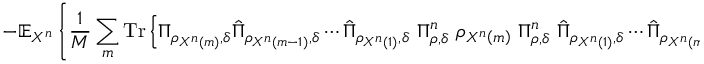
- \mathbb { E } _ { X ^ { n } } \left\{ { \frac { 1 } { M } } \sum _ { m } { \mathrm { T r } } \left\{ \Pi _ { \rho _ { X ^ { n } \left( m \right) } , \delta } { \hat { \Pi } } _ { \rho _ { X ^ { n } \left( m - 1 \right) } , \delta } \cdots { \hat { \Pi } } _ { \rho _ { X ^ { n } \left( 1 \right) } , \delta } \ \Pi _ { \rho , \delta } ^ { n } \ \rho _ { X ^ { n } \left( m \right) } \ \Pi _ { \rho , \delta } ^ { n } \ { \hat { \Pi } } _ { \rho _ { X ^ { n } \left( 1 \right) } , \delta } \cdots { \hat { \Pi } } _ { \rho _ { X ^ { n } \left( m - 1 \right) } , \delta } \Pi _ { \rho _ { X ^ { n } \left( m \right) } , \delta } \right\} \right\} .